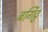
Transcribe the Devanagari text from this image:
बर्गिट्ट